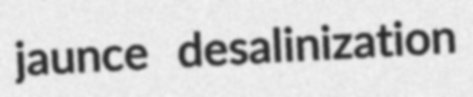
jaunce desalinization